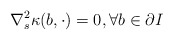
\begin{align*}\nabla_s^2\kappa(b, \cdot)=0, \forall b\in\partial I \end{align*}